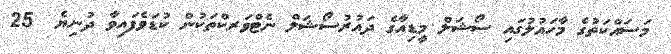
މަސައްކަތުގެ މާހައުލުގައި ސޯޝަލް މީޑިއާގެ ދައުރުސޯޝަލް ނެޓްވަރކްތަކުން ކުޑަވެފައިވާ ދުނިޔެ  25